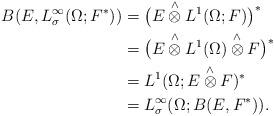
LaTeX: \begin{align*}B(E, L^{\infty}_{\sigma}(\Omega; F^*))& = \bigl(E \overset{\wedge}{\otimes} L^1(\Omega;F) \bigr)^*\\& = \bigl( E \overset{\wedge}{\otimes} L^1(\Omega) \overset{\wedge}{\otimes} F \bigr)^* \\& = L^1(\Omega; E \overset{\wedge}{\otimes} F)^* \\& = L^{\infty}_{\sigma}(\Omega; B(E, F^*)).\end{align*}